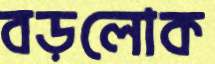
বড়লোক